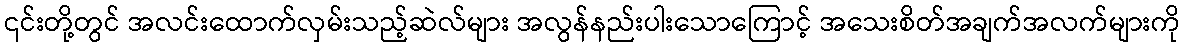
၎င်းတို့တွင် အလင်းထောက်လှမ်းသည့်ဆဲလ်များ အလွန်နည်းပါးသောကြောင့် အသေးစိတ်အချက်အလက်များကို